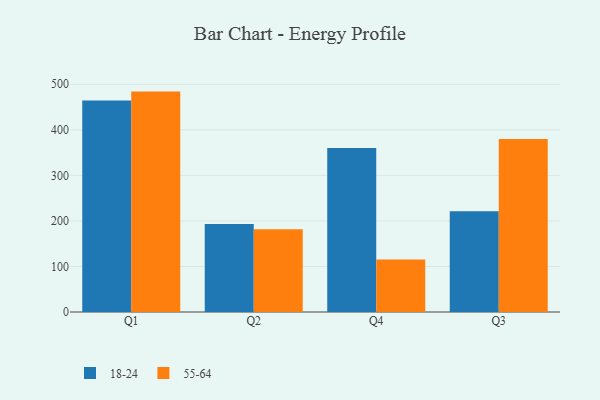
{"axis": {"x": "Quarter", "y": "Budget (USD K)"}, "legend": ["18-24", "55-64"], "data": [{"x": "Q1", "y": 464.4, "type": "18-24"}, {"x": "Q1", "y": 483.9, "type": "55-64"}, {"x": "Q2", "y": 193.4, "type": "18-24"}, {"x": "Q2", "y": 181.6, "type": "55-64"}, {"x": "Q4", "y": 360.2, "type": "18-24"}, {"x": "Q4", "y": 115.4, "type": "55-64"}, {"x": "Q3", "y": 221.2, "type": "18-24"}, {"x": "Q3", "y": 379.8, "type": "55-64"}]}